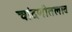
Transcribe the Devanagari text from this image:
चांदणीतलाव